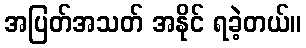
အပြတ်အသတ် အနိုင် ရခဲ့တယ်။